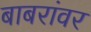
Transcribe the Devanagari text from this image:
बाबरांवर